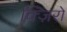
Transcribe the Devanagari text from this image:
क्ज़िरो